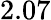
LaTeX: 2.07